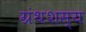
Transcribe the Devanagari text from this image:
ग्रंथशस्य